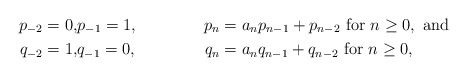
\begin{align*} p_{-2} = 0,&p_{-1} = 1,\quad&p_n &= a_n p_{n - 1} + p_{n - 2} \textrm{ for } n \geq 0, \textrm{ and }\\ q_{-2} = 1,&q_{-1} = 0,\quad&q_n &= a_n q_{n - 1} + q_{n - 2} \textrm{ for } n \geq 0, \end{align*}